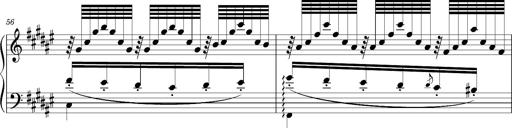
Title: Schlummerlied mit Arabesken
Composer: Franz Liszt
Key: F-sharp major